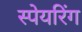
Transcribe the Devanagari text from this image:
स्पेयरिंग